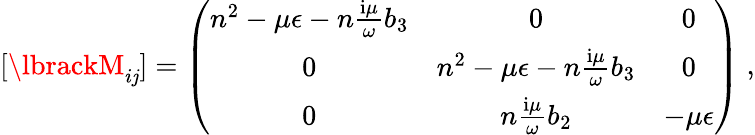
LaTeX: [\lbrackM_{i\mathit{j}}]=\left(\begin{array}{ccc}{n^{2}-\mu\epsilon-n\frac{\mathrm{i}\mu}{\omega}b_{3}}&{0}&{0}\\ {0}&{n^{2}-\mu\epsilon-n\frac{\mathrm{i}\mu}{\omega}b_{3}}&{0}\\ {0}&{n\frac{\mathrm{i}\mu}{\omega}b_{2}}&{-\mu\epsilon}\end{array}\right)\; ,